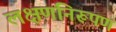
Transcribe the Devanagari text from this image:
लक्षणनिरूपण